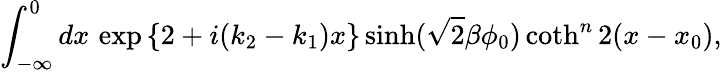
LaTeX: \int_{-\infty}^{0}dx\, \exp{\left\{ 2+i(k_{2}-k_{1})x\right\} }\sinh(\sqrt{2}\beta\phi_{0})\coth^{n}2(x-x_{0}),